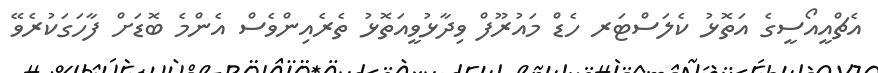
އެޗްއީއޯސީގެ އަތޮޅު ކެލަސްޓަރ ހެޑް މައުރޫފް ވިދާޅުވީއަތޮޅު ތެރެއިންވެސް އެންމެ ބޮޑަށް ފާހަގަކުރެވޭ